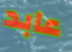
عابد